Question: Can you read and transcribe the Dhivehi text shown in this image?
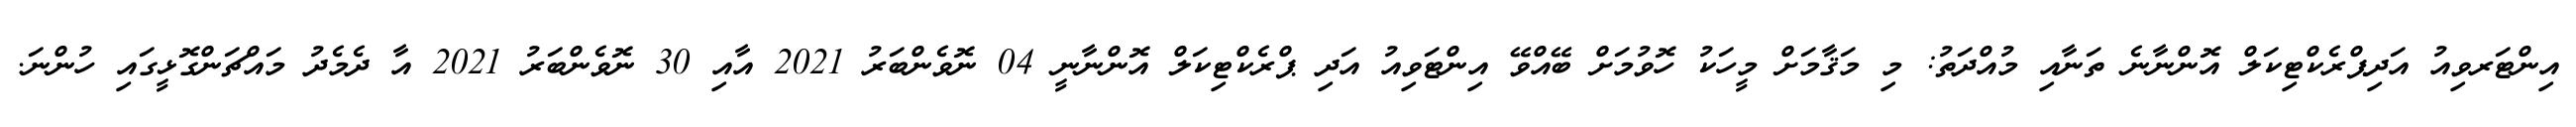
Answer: އިންޓަރވިއު އަދިޕްރެކްޓިކަލް އޮންނާނެ ތަނާއި މުއްދަތު: މި މަޤާމަށް މީހަކު ހޮވުމަށް ބޭއްވޭ އިންޓަވިއު އަދި ޕްރެކްޓިކަލް އޮންނާނީ 04 ނޮވެންބަރު 2021 އާއި 30 ނޮވެންބަރު 2021 އާ ދެމެދު މައްޗަންގޮޅީގައި ހުންނަ.